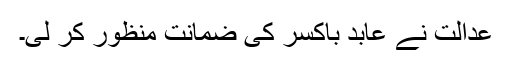
عدالت نے عابد باکسر کی ضمانت منظور کر لی۔